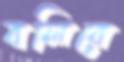
বলিরে